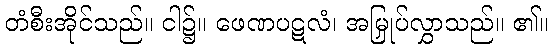
တံစီးအိုင်သည်။ ငါ၌။ ဖေဏပဋလံ၊ အမြှုပ်လွှာသည်။ ၏။